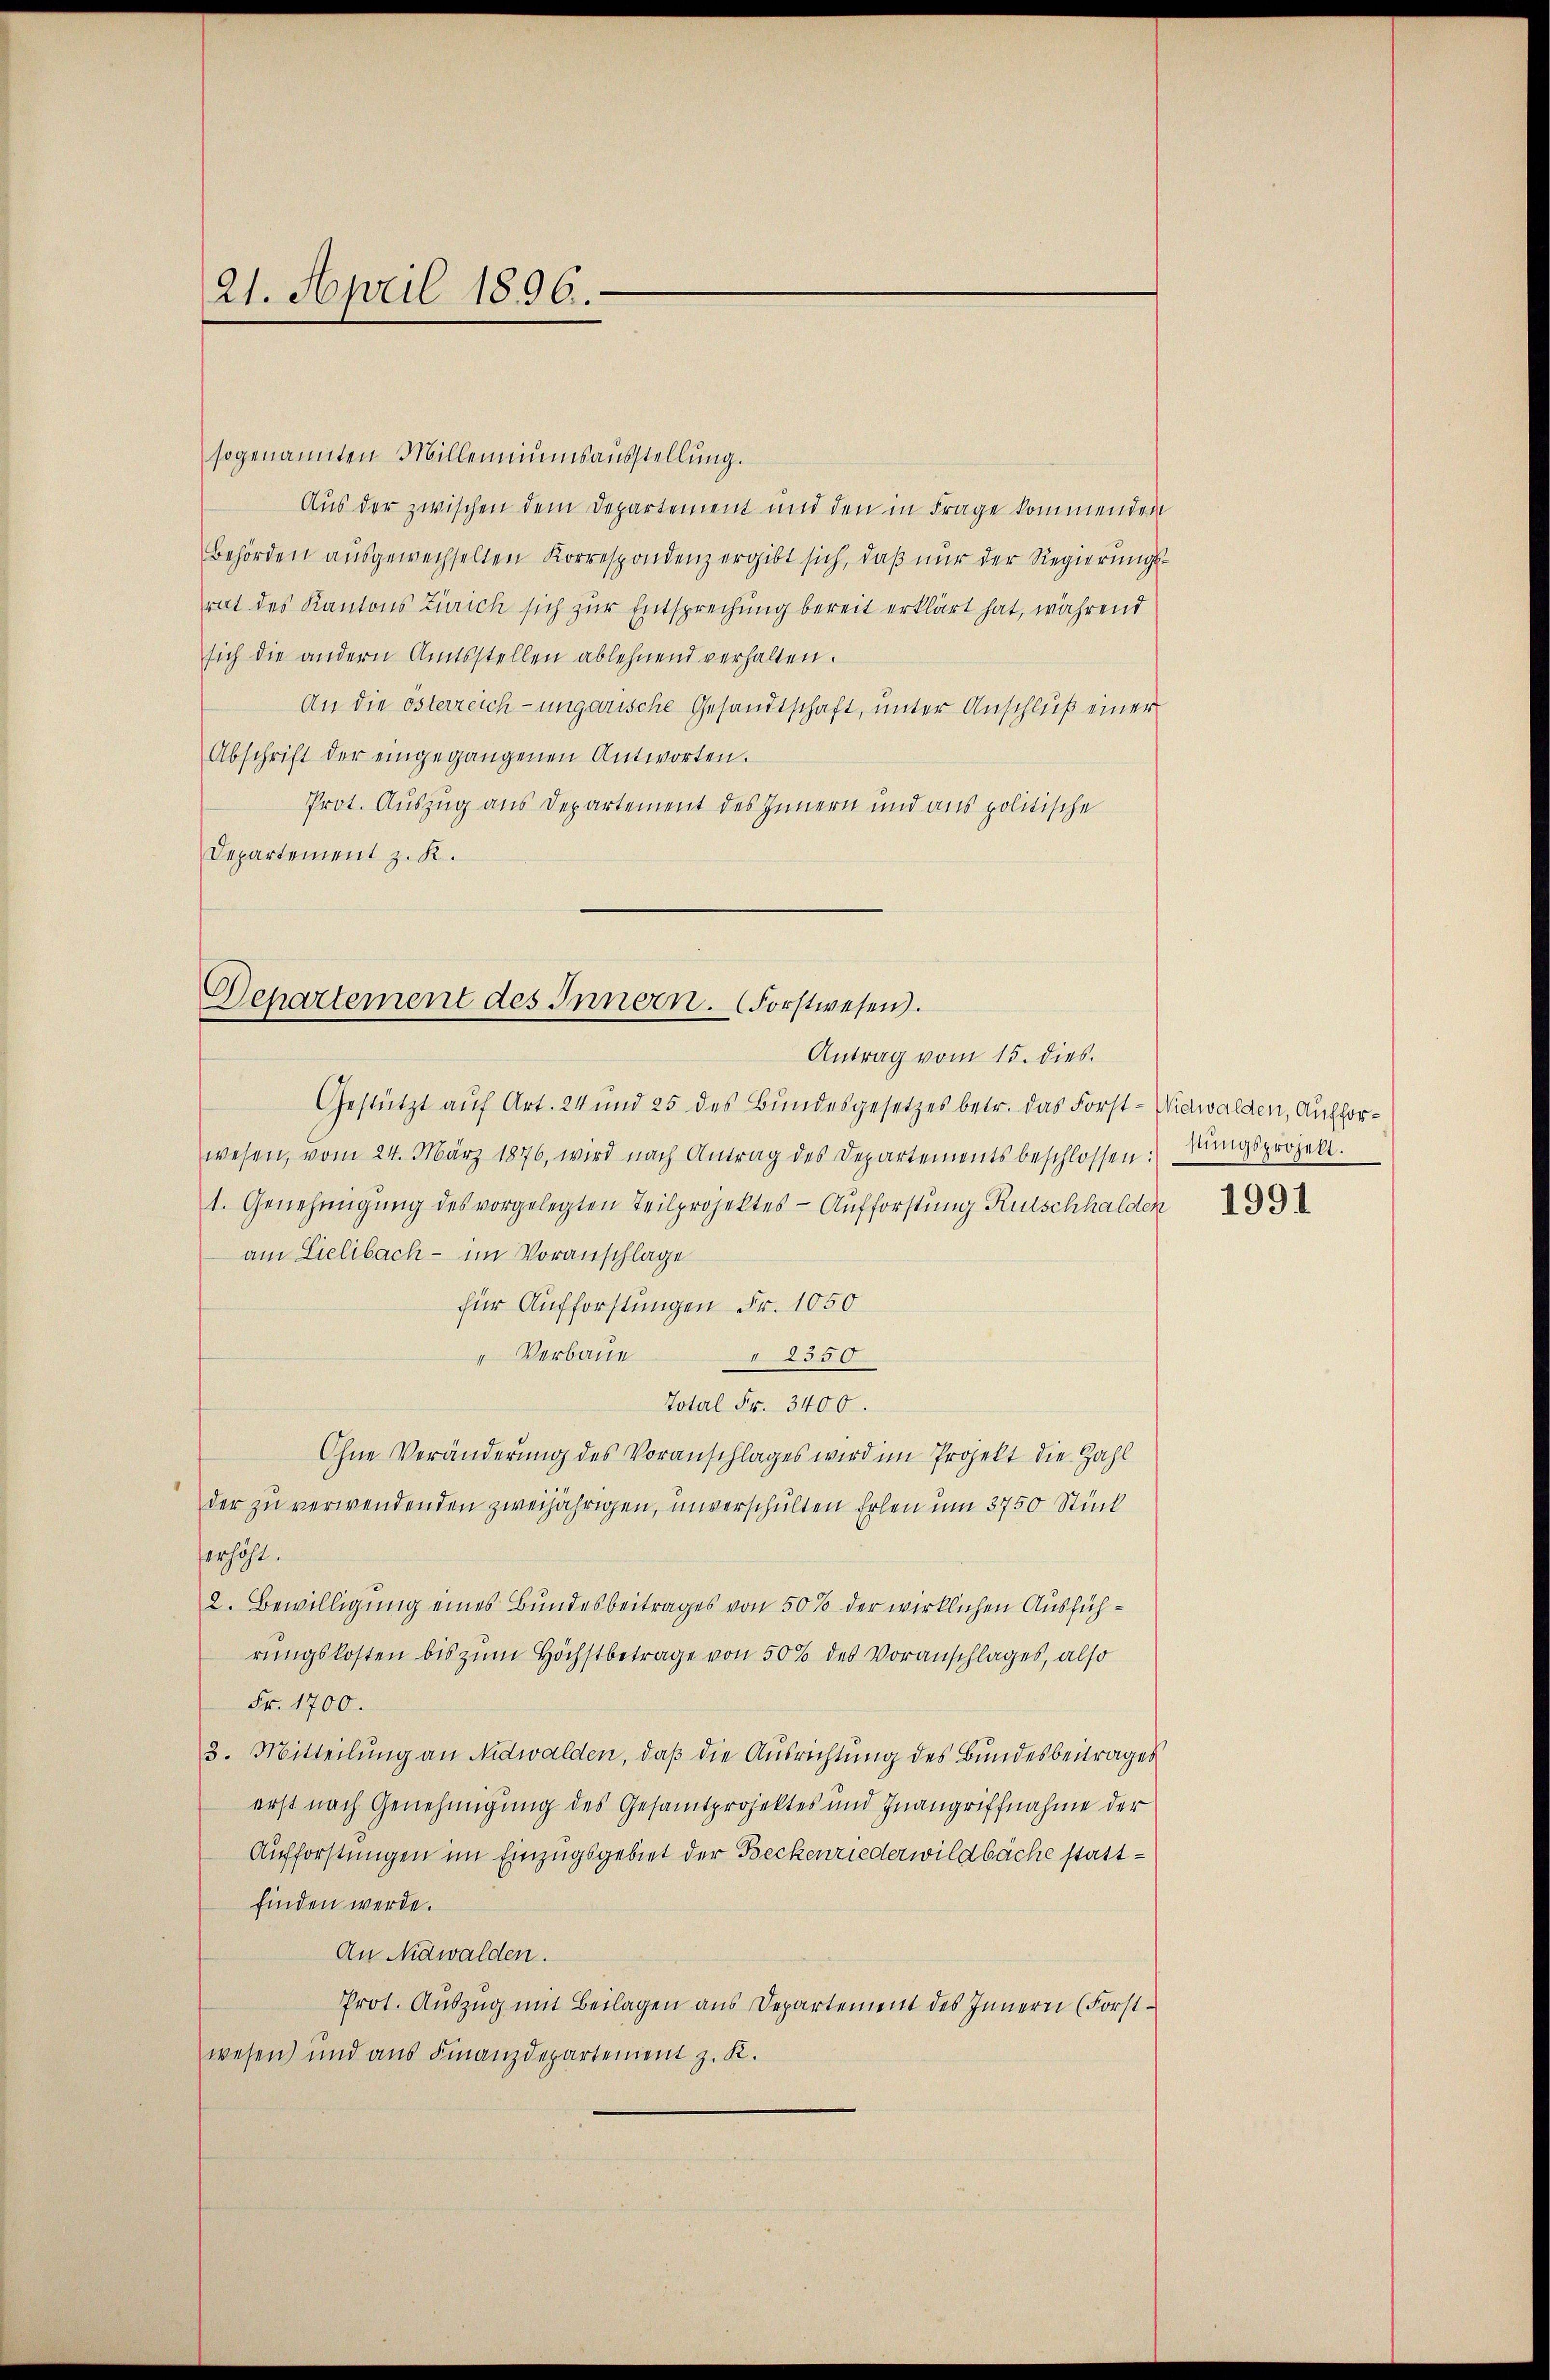
21. April 1896.

sogenannten Milleniunsausstellung.
Aus der zwischen dem Departement und den in Frage kommenden
Behörden ausgewechselten Korrespondenz ergibt sich, daß nur der Regierungsrat des Kantons Zürich sich zur Entsprechung bereit erklärt hat, während
sich die andern Amtsstellen ablehnend verhalten.
An die österreich-ungarische Gesandtschaft, unter Anschluß einer
Abschrift der eingegangenen Antworten.
Prot. Auszug aus Departement des Innern und aus politische
Departement z. K.

Departement des Innern. (Forstwesen.
Antrag vom 15. dies.

Gestützt auf Art. 24 und 25 des Bundesgesetzes betr. das Forst-Nidwalden, Aufforwesen, vom 24. März 1876, wird nach Antrag des Departements beschlossen:
1. Genehmigŭng des vorgelegten Teilprojektes - Aufforstung Rutschhalden
am Lielibach - im Voranschlage
für Aufforstungen Fr. 1050
" Verbaue
2350
Total Fr. 3400.
Ohne Veränderung des Voranschlages wird im Projekt die Zahl
der zu verwendenden zweijährigen, unverschulten Erlen um 3750 Stück
erhöht.
2. Bewilligung eines Bundesbeitrages von 50% der wirklichen Ausführungskosten bis zum Höchstbetrage von 50% des Voranschlages, also
Fr. 1700.
3. Mitteilung an Nidwalden, daß die Ausrichtung des Bundesbeitrages
erst nach Genehmigung des Gesamtprojektes und Inangriffnahme der
Aufforstungen im Einzugsgebiet der Beckenriederwildbache stattfinden werde.
An Nidwalden.
Prot. Auszug mit Beilagen aus Departement des Innern (Forstwesen) und aus Finanzdepartement z. K.

stungsprojekt.

1991